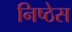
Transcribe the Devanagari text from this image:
निष्ठेस